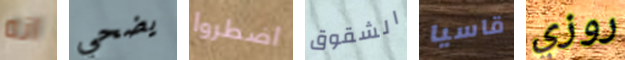
انه يضحي اضطروا الشقوق قاسيا روزي